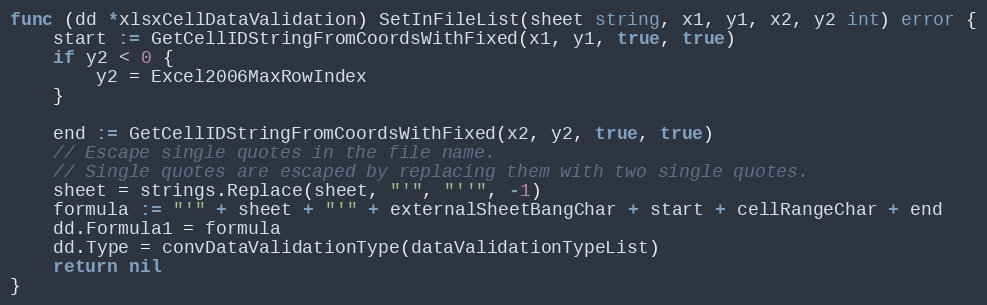
Language: Go
func (dd *xlsxCellDataValidation) SetInFileList(sheet string, x1, y1, x2, y2 int) error {
	start := GetCellIDStringFromCoordsWithFixed(x1, y1, true, true)
	if y2 < 0 {
		y2 = Excel2006MaxRowIndex
	}

	end := GetCellIDStringFromCoordsWithFixed(x2, y2, true, true)
	// Escape single quotes in the file name.
	// Single quotes are escaped by replacing them with two single quotes.
	sheet = strings.Replace(sheet, "'", "''", -1)
	formula := "'" + sheet + "'" + externalSheetBangChar + start + cellRangeChar + end
	dd.Formula1 = formula
	dd.Type = convDataValidationType(dataValidationTypeList)
	return nil
}